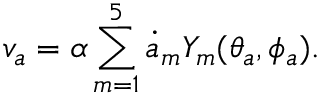
v _ { a } = \alpha \sum _ { m = 1 } ^ { 5 } \dot { a } _ { m } Y _ { m } ( \theta _ { a } , \phi _ { a } ) .